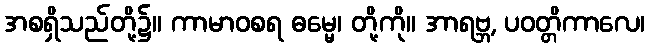
အစရှိသည်တို့၌။ ကာမာဝစရ ဓမ္မေ၊ တို့ကို။ အာရဗ္ဘ, ပဝတ္တိကာလေ၊